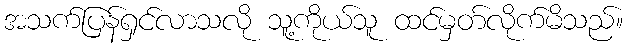
အသက်ပြန်ရှင်လာသလို သူ့ကိုယ်သူ ထင်မှတ်လိုက်မိသည်။